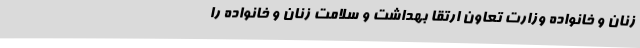
زنان و خانواده وزارت تعاون ارتقا بهداشت و سلامت زنان و خانواده را